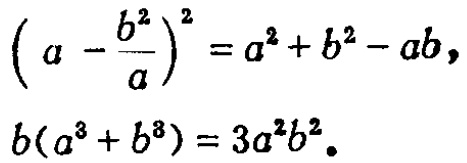
\[\left(a - \frac{b^{2}}{a}\right)^{2}=a^{2}+b^{2}-ab,\]
\[b(a^{3}+b^{3}) = 3a^{2}b^{2}.\]